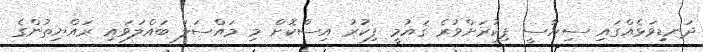
ދަނޑިވަޅެއްގައި ސިޔާސީ ފިކުރަށްވުރެ ޤައުމީ ފިކުރު އިސްކޮށް މި މައްސަލަ ބައްލަވައި ރައްޔިތުންގެ